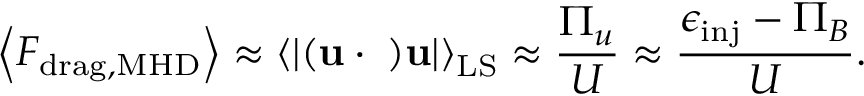
\left\langle F _ { \mathrm { d r a g , M H D } } \right\rangle \approx \left\langle { \lvert \bf ( u \cdot \nabla ) u \rvert } \right\rangle _ { \mathrm { L S } } \approx \frac { \Pi _ { u } } { U } \approx \frac { \epsilon _ { \mathrm { i n j } } - \Pi _ { B } } { U } .